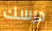
درسك